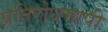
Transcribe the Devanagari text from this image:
प्रतिरोधमापी